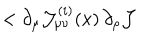
< \partial _ { \mu } { \cal J } _ { \mu \nu } ^ { ( i ) } ( x ) \, \partial _ { \rho } { \cal J }